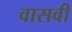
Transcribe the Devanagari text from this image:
वासवी